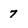
Character: 7